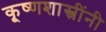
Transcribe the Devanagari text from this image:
कृ्ष्णशास्त्रींनी